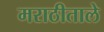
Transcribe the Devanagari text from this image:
मराठीताले